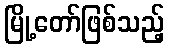
မြို့တော်ဖြစ်သည့်